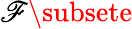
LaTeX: \mathscr{F}\subsete